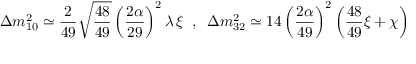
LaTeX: \Delta m _ { 1 0 } ^ { 2 } \simeq \frac { 2 } { 4 9 } \sqrt { \frac { 4 8 } { 4 9 } } \left( \frac { 2 \alpha } { 2 9 } \right) ^ { 2 } \lambda \, \xi \; \; , \; \; \Delta m _ { 3 2 } ^ { 2 } \simeq 1 4 \left( \frac { 2 \alpha } { 4 9 } \right) ^ { 2 } \left( \frac { 4 8 } { 4 9 } \xi + \chi \right)